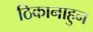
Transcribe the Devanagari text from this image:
ठिकानाहुन